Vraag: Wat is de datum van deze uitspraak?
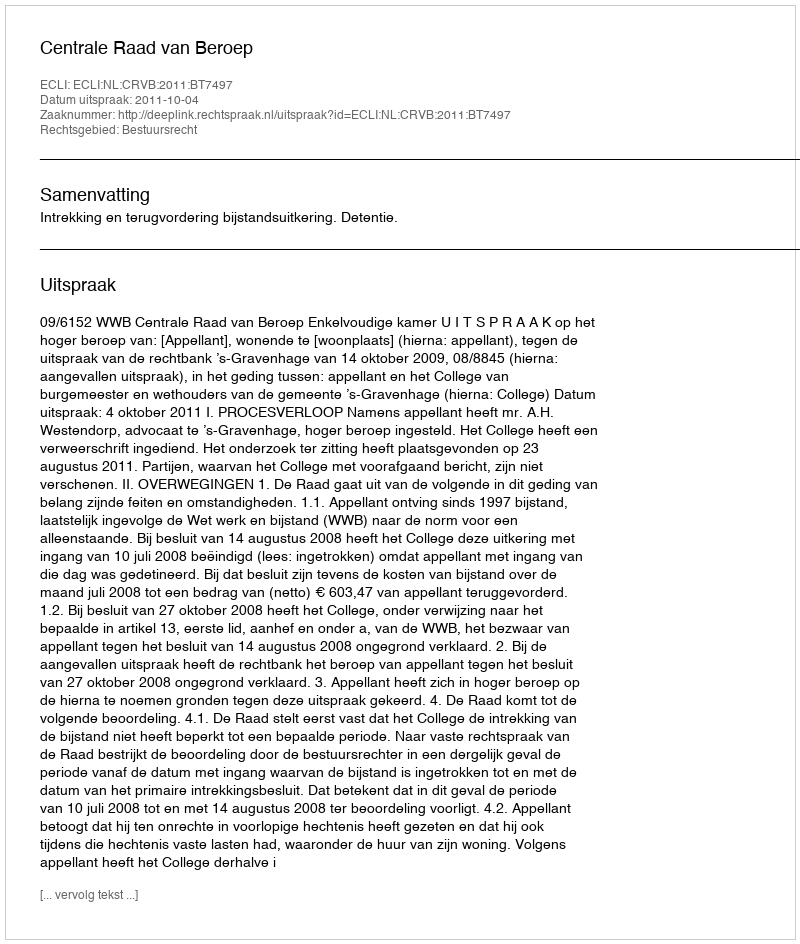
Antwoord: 2011-10-04